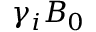
\gamma _ { i } B _ { 0 }